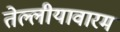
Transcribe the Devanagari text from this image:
तेल्लीयावारम